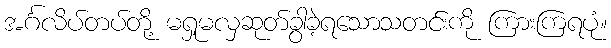
အင်္ဂလိပ်တပ်တို့ မရှုမလှဆုတ်ခွာခဲ့ရသောသတင်းကို ကြားကြရပုံ။